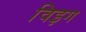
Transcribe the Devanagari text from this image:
विइग